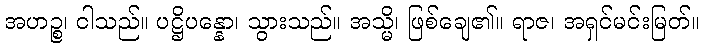
အဟဉ္စ၊ ငါသည်။ ပဋ္ဌိပန္နော၊ သွားသည်။ အသ္မိ၊ ဖြစ်ချေ၏။ ရာဇ၊ အရှင်မင်းမြတ်။